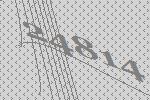
24814